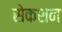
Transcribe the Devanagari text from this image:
सेकशन